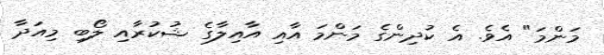
މަންމަ" އެވެ. އެ ކުދިންގެ މަންމަ އާއި އާއިލާގެ ޝުކުރާއި ލޯބި މިއަދާ